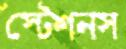
স্টেশনস